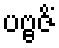
ပဗ္ဗဇိံ